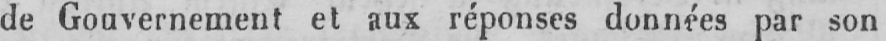
de Gouvernement et aux réponses données par son